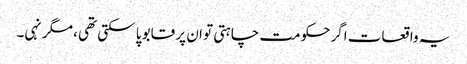
یہ واقعات اگر حکومت چاہتی تو ان پر قابو پا سکتی تھی ، مگر نہی۔